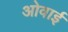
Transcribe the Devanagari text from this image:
ओवाई